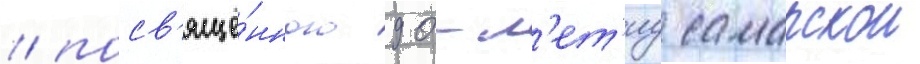
/ посв'ящё́нного 90-л'ет'иу самарскои